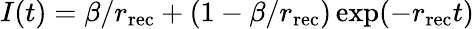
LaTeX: I(t)=\beta/r_{\mathrm{rec}}+(1-\beta/r_{\mathrm{rec}})\exp(-r_{\mathrm{rec}}t)